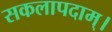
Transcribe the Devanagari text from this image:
सकलापदाम्‌।